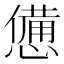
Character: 憊